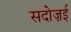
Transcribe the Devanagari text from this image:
सदोज़ई